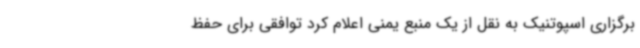
برگزاری اسپوتنیک به نقل از یک منبع یمنی اعلام کرد توافقی برای حفظ